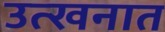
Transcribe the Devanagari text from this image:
उत्खनात